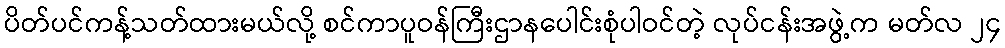
ပိတ်ပင်ကန့်သတ်ထားမယ်လို့ စင်ကာပူဝန်ကြီးဌာနပေါင်းစုံပါဝင်တဲ့ လုပ်ငန်းအဖွဲ့က မတ်လ ၂၄